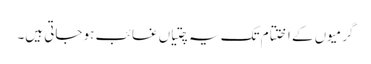
گرمیوں کے اختتام تک یہ چتیاں غائب ہو جاتی ہیں۔